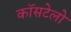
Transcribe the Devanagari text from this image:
कॉसटेलो